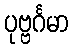
ပုဗ္ဗင်္ဂမာ